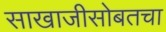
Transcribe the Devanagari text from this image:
साखाजीसोबतचा